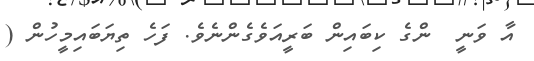
އާ ވަނީ  ންގެ ކިބައިން ބަރީއަވެގެންނެވެ. ފަހެ ތިޔަބައިމީހުން (